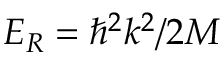
E _ { R } = \hbar ^ { 2 } k ^ { 2 } / 2 M